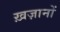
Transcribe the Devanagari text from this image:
ख़ज़ानों